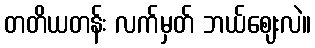
တတိယတန်း လက်မှတ် ဘယ်ဈေးလဲ။